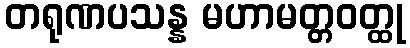
တရုဏပသန္န မဟာမတ္တဝတ္ထု